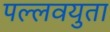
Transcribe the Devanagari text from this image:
पल्लवयुता